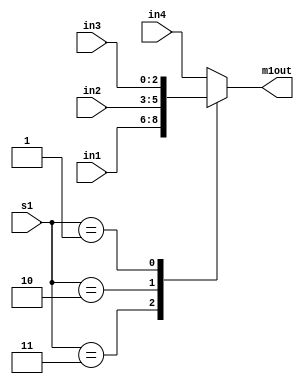
module MUX1(
input [2:0] in1, in2, in3, in4,
input [1:0] s1,
output reg [2:0] m1out 
);

always @ (in1, in2, in3, in4, s1)
begin
        case (s1)
                2'b11:      m1out = in1;
                2'b10:      m1out = in2;
                2'b01:      m1out = in3;
                default:    m1out = in4; // 2'b00
        endcase
end
endmodule